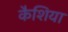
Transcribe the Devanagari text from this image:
कैशिया